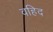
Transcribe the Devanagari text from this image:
वहिद